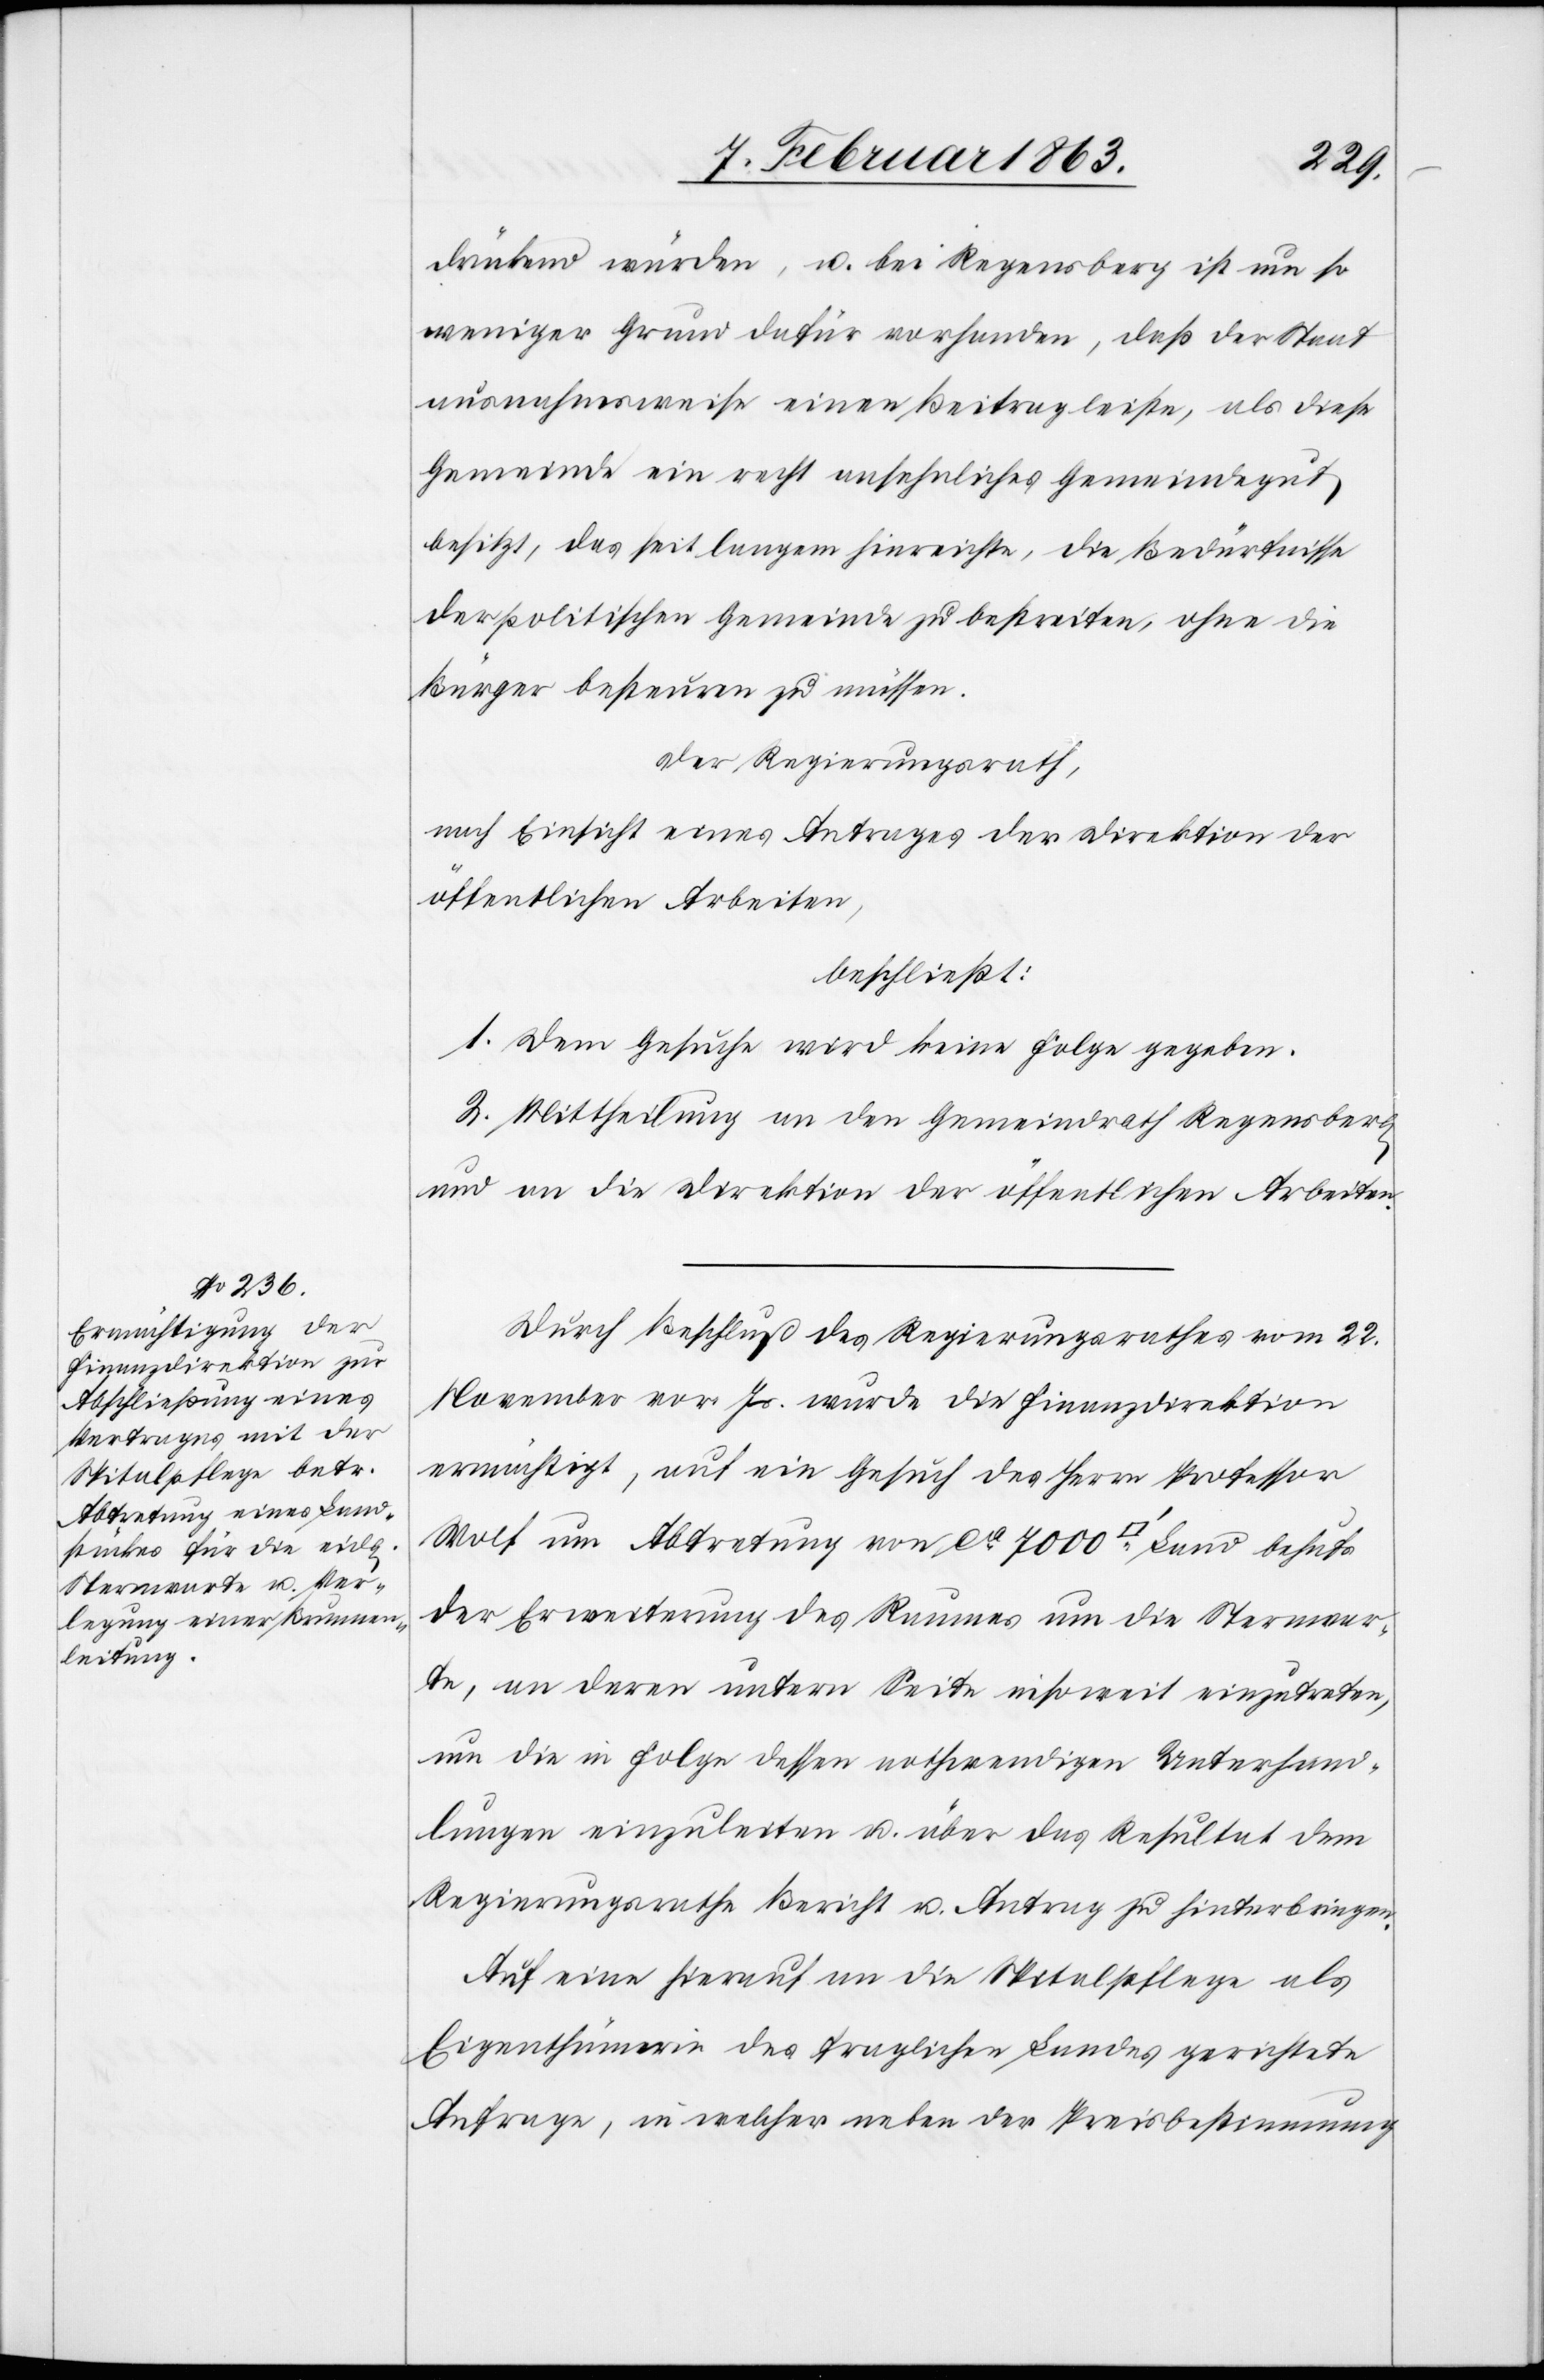
drückend würden, u. bei Regensberg ist um so
weniger Grund dafür vorhanden, daß der Staat
ausnahmsweise einen Beitrag leiste, als diese
Gemeinde ein recht ansehnliches Gemeindegut
besitzt, das seit langem hinreichte, die Bedürfnisse
der politischen Gemeinde zu bestreiten, ohne die
Bürger besteuren zu müssen.
Der Regierungsrath,
nach Einsicht eines Antrages der Direktion der
öffentlichen Arbeiten,
beschließt:
1. Dem Gesuche wird keine Folge gegeben.
2. Mittheilung an den Gemeindrath Regensberg
und an die Direktion der öffentlichen Arbeiten.
Durch Beschluß des Regierungsrathes vom 22.
November vor. Js. wurde die Finanzdirektion
ermächtigt, auf ein Gesuch des Herrn Professor
Wolf um Abtretung von ca 7000 [Quadratfuss] Land behufs
der Erweiterung des Raumes um die Sternwar¬
te, an deren untern Seite insoweit einzutreten,
um die in Folge dessen nothwendigen Unterhand¬
lungen einzuleiten u. über das Resultat dem
Regierungsrathe Bericht u. Antrag zu hinterbringen.
Auf eine hierauf an die Spitalpflege als
Eigenthümerin des fraglichen Landes gerichtete
Anfrage, in welcher neben der Preisbestimmung